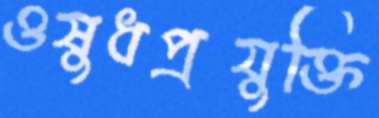
ওষুধপ্রযুক্তি